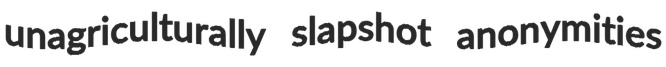
unagriculturally slapshot anonymities